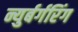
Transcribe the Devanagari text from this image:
न्युर्बर्गरिंग